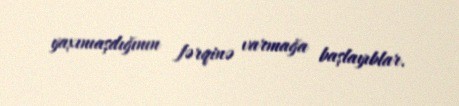
yaxınıaşdığının fərqinə varmağa başlayıblar.